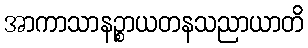
အာကာသာနဉ္စာယတနသညာယာတိ